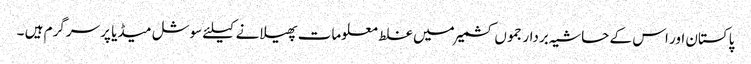
پاکستان اور اس کے حاشیہ بردار جموں کشمیرمیں غلط معلومات پھیلانے کیلئے سوشل میڈیا پر سرگرم ہیں ۔